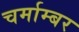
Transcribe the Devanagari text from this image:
चर्माम्बर